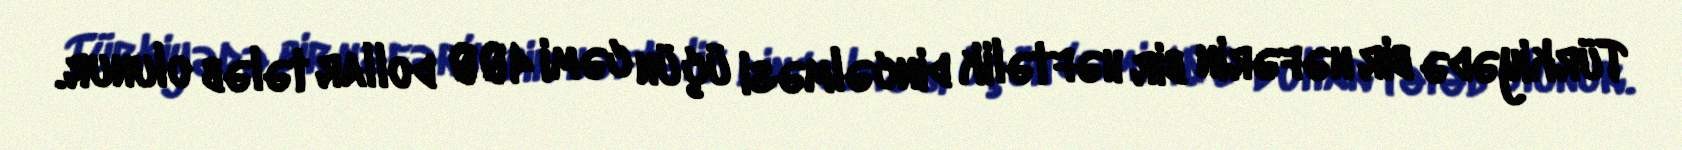
Türkiyədə bir nəfərin bir həftəlik dincəlməsi üçün cəmi 400 dollar tələb olunur.